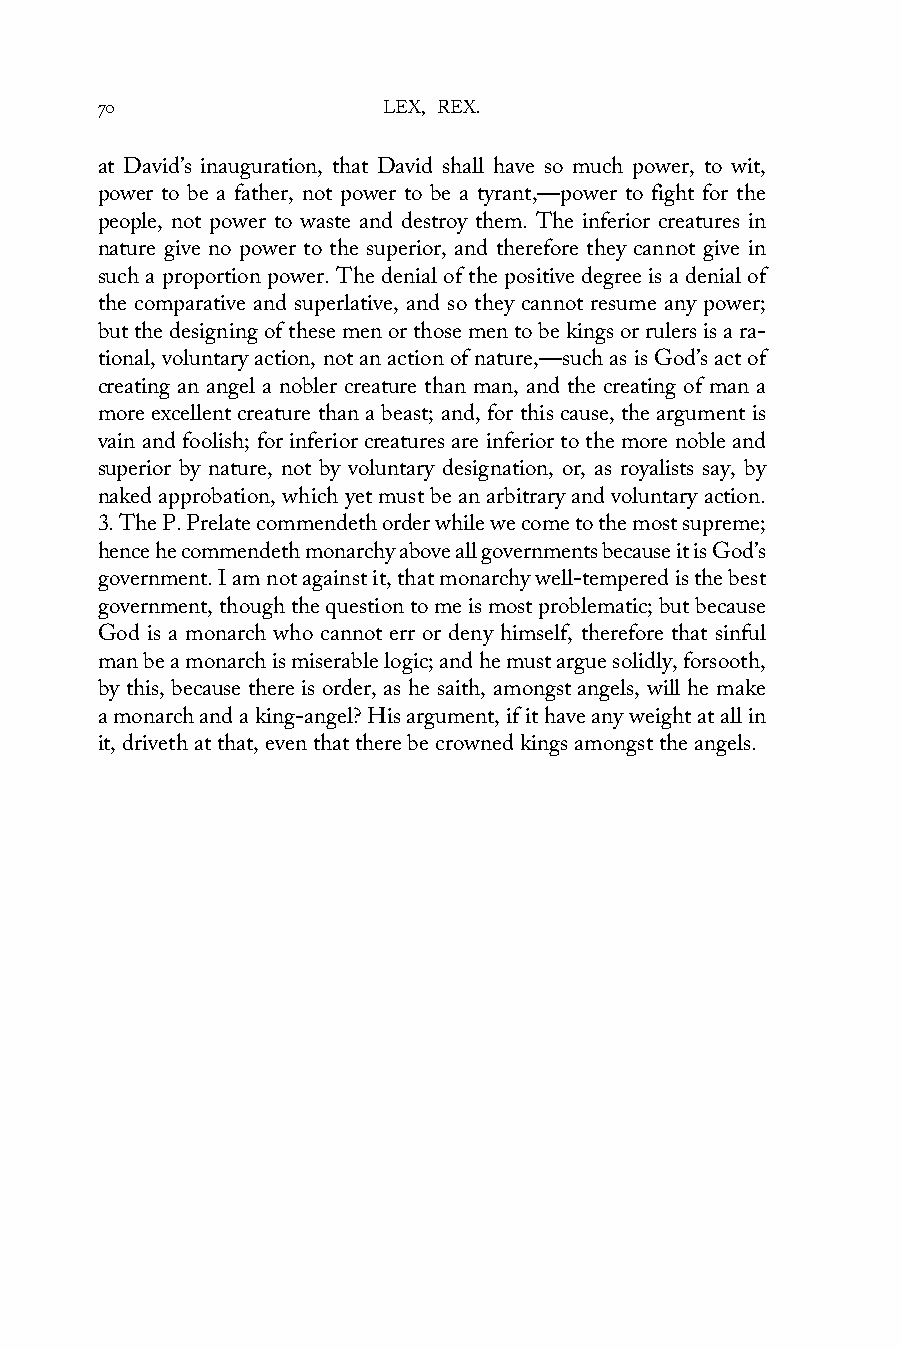
70                 LEX, REX.
 at David’s inauguration, that David shall have so much power, to wit,
 power to be a father, not power to be a tyrant,—power to fight for the
 people, not power to waste and destroy them. The inferior creatures in
 nature give no power to the superior, and therefore they cannot give in
 such a proportion power. The denial of the positive degree is a denial of
 the comparative and superlative, and so they cannot resume any power;
 but the designing of these men or those men to be kings or rulers is a ra-
 tional, voluntary action, not an action of nature,—such as is God’s act of
 creating an angel a nobler creature than man, and the creating of man a
 more excellent creature than a beast; and, for this cause, the argument is
 vain and foolish; for inferior creatures are inferior to the more noble and
 superior by nature, not by voluntary designation, or, as royalists say, by
 naked approbation, which yet must be an arbitrary and voluntary action.
 3. The P. Prelate commendeth order while we come to the most supreme;
 hence he commendeth monarchy above all governments because it is God’s
 government. I am not against it, that monarchy well-tempered is the best
 government, though the question to me is most problematic; but because
 God is a monarch who cannot err or deny himself, therefore that sinful
 man be a monarch is miserable logic; and he must argue solidly, forsooth,
 by this, because there is order, as he saith, amongst angels, will he make
 a monarch and a king-angel? His argument, if it have any weight at all in
 it, driveth at that, even that there be crowned kings amongst the angels.